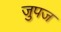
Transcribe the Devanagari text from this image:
जुपज